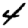
Digit: 4